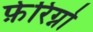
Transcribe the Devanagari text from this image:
फ़ेरिग्नो